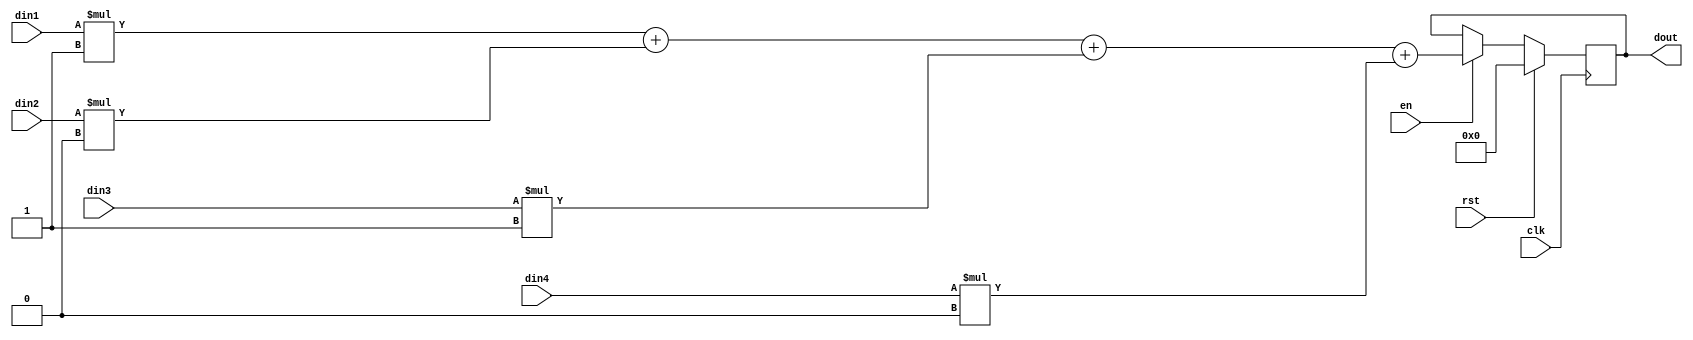
module convolution(din1,din2,din3,din4,dout,rst,clk,en);

input [7:0] din1,din2,din3,din4 ;

output reg [7:0] dout;
input rst,en,clk;


always@(posedge clk)
begin
	
if(rst)begin
		dout<=0;

	end
	
else if(en)begin
		
dout<=din1*1+din2*0+din3*1+din4*0;
	end
	
else begin    
		dout<=dout;	end

end


endmodule